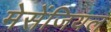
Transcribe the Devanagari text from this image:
मेसेंजियल